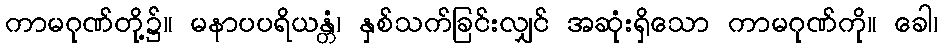
ကာမဂုဏ်တို့၌။ မနာပပရိယန္တံ၊ နှစ်သက်ခြင်းလျှင် အဆုံးရှိသော ကာမဂုဏ်ကို။ ခေါ၊